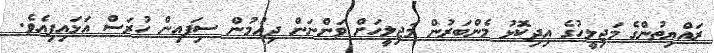
ރައްޔިތުންގެ މަޖިލީހުގެ އިދިކޮޅު މެންބަރުން މަޖިލީހަށް ވަންނަން ދިއުމުން ސިފައިން ހުރަސް އަޅައިފިއެވެ.